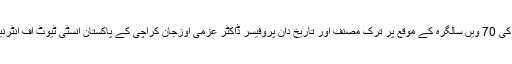
پاک ترک سفارتی تعلقات کے قیام کی 70 ویں سالگرہ کے موقع پر ترک مصنف اور تاریخ دان پروفیسر ڈاکٹر عزمی اوزجان کراچی کے پاکستان انسٹی ٹیوٹ آف انٹرنیشنل افیئر(PIIA) میں موجود تھے۔